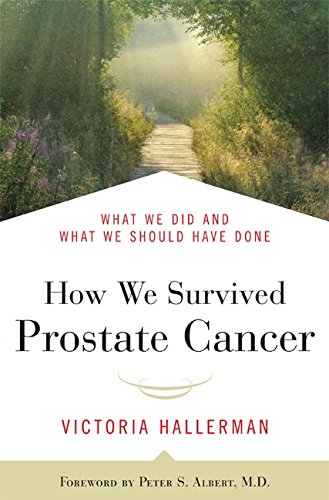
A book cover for How We Survived Prostate Cancer: What We Did and What We Should Have Done; Victoria Hallerman; Health, Fitness & Dieting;